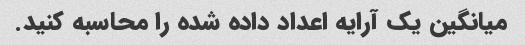
میانگین یک آرایه اعداد داده شده را محاسبه کنید.